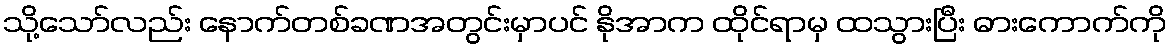
သို့သော်လည်း နောက်တစ်ခဏအတွင်းမှာပင် နိုအာက ထိုင်ရာမှ ထသွားပြီး ဓားကောက်ကို